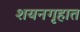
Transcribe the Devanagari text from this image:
शयनगृहात